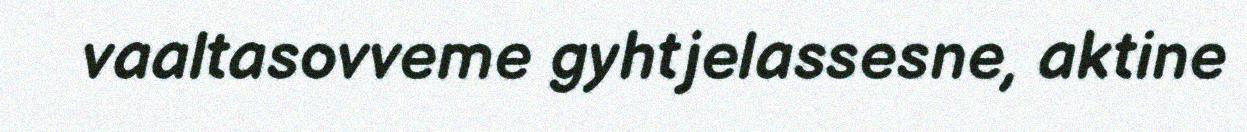
vaaltasovveme gyhtjelassesne, aktine